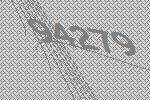
94279